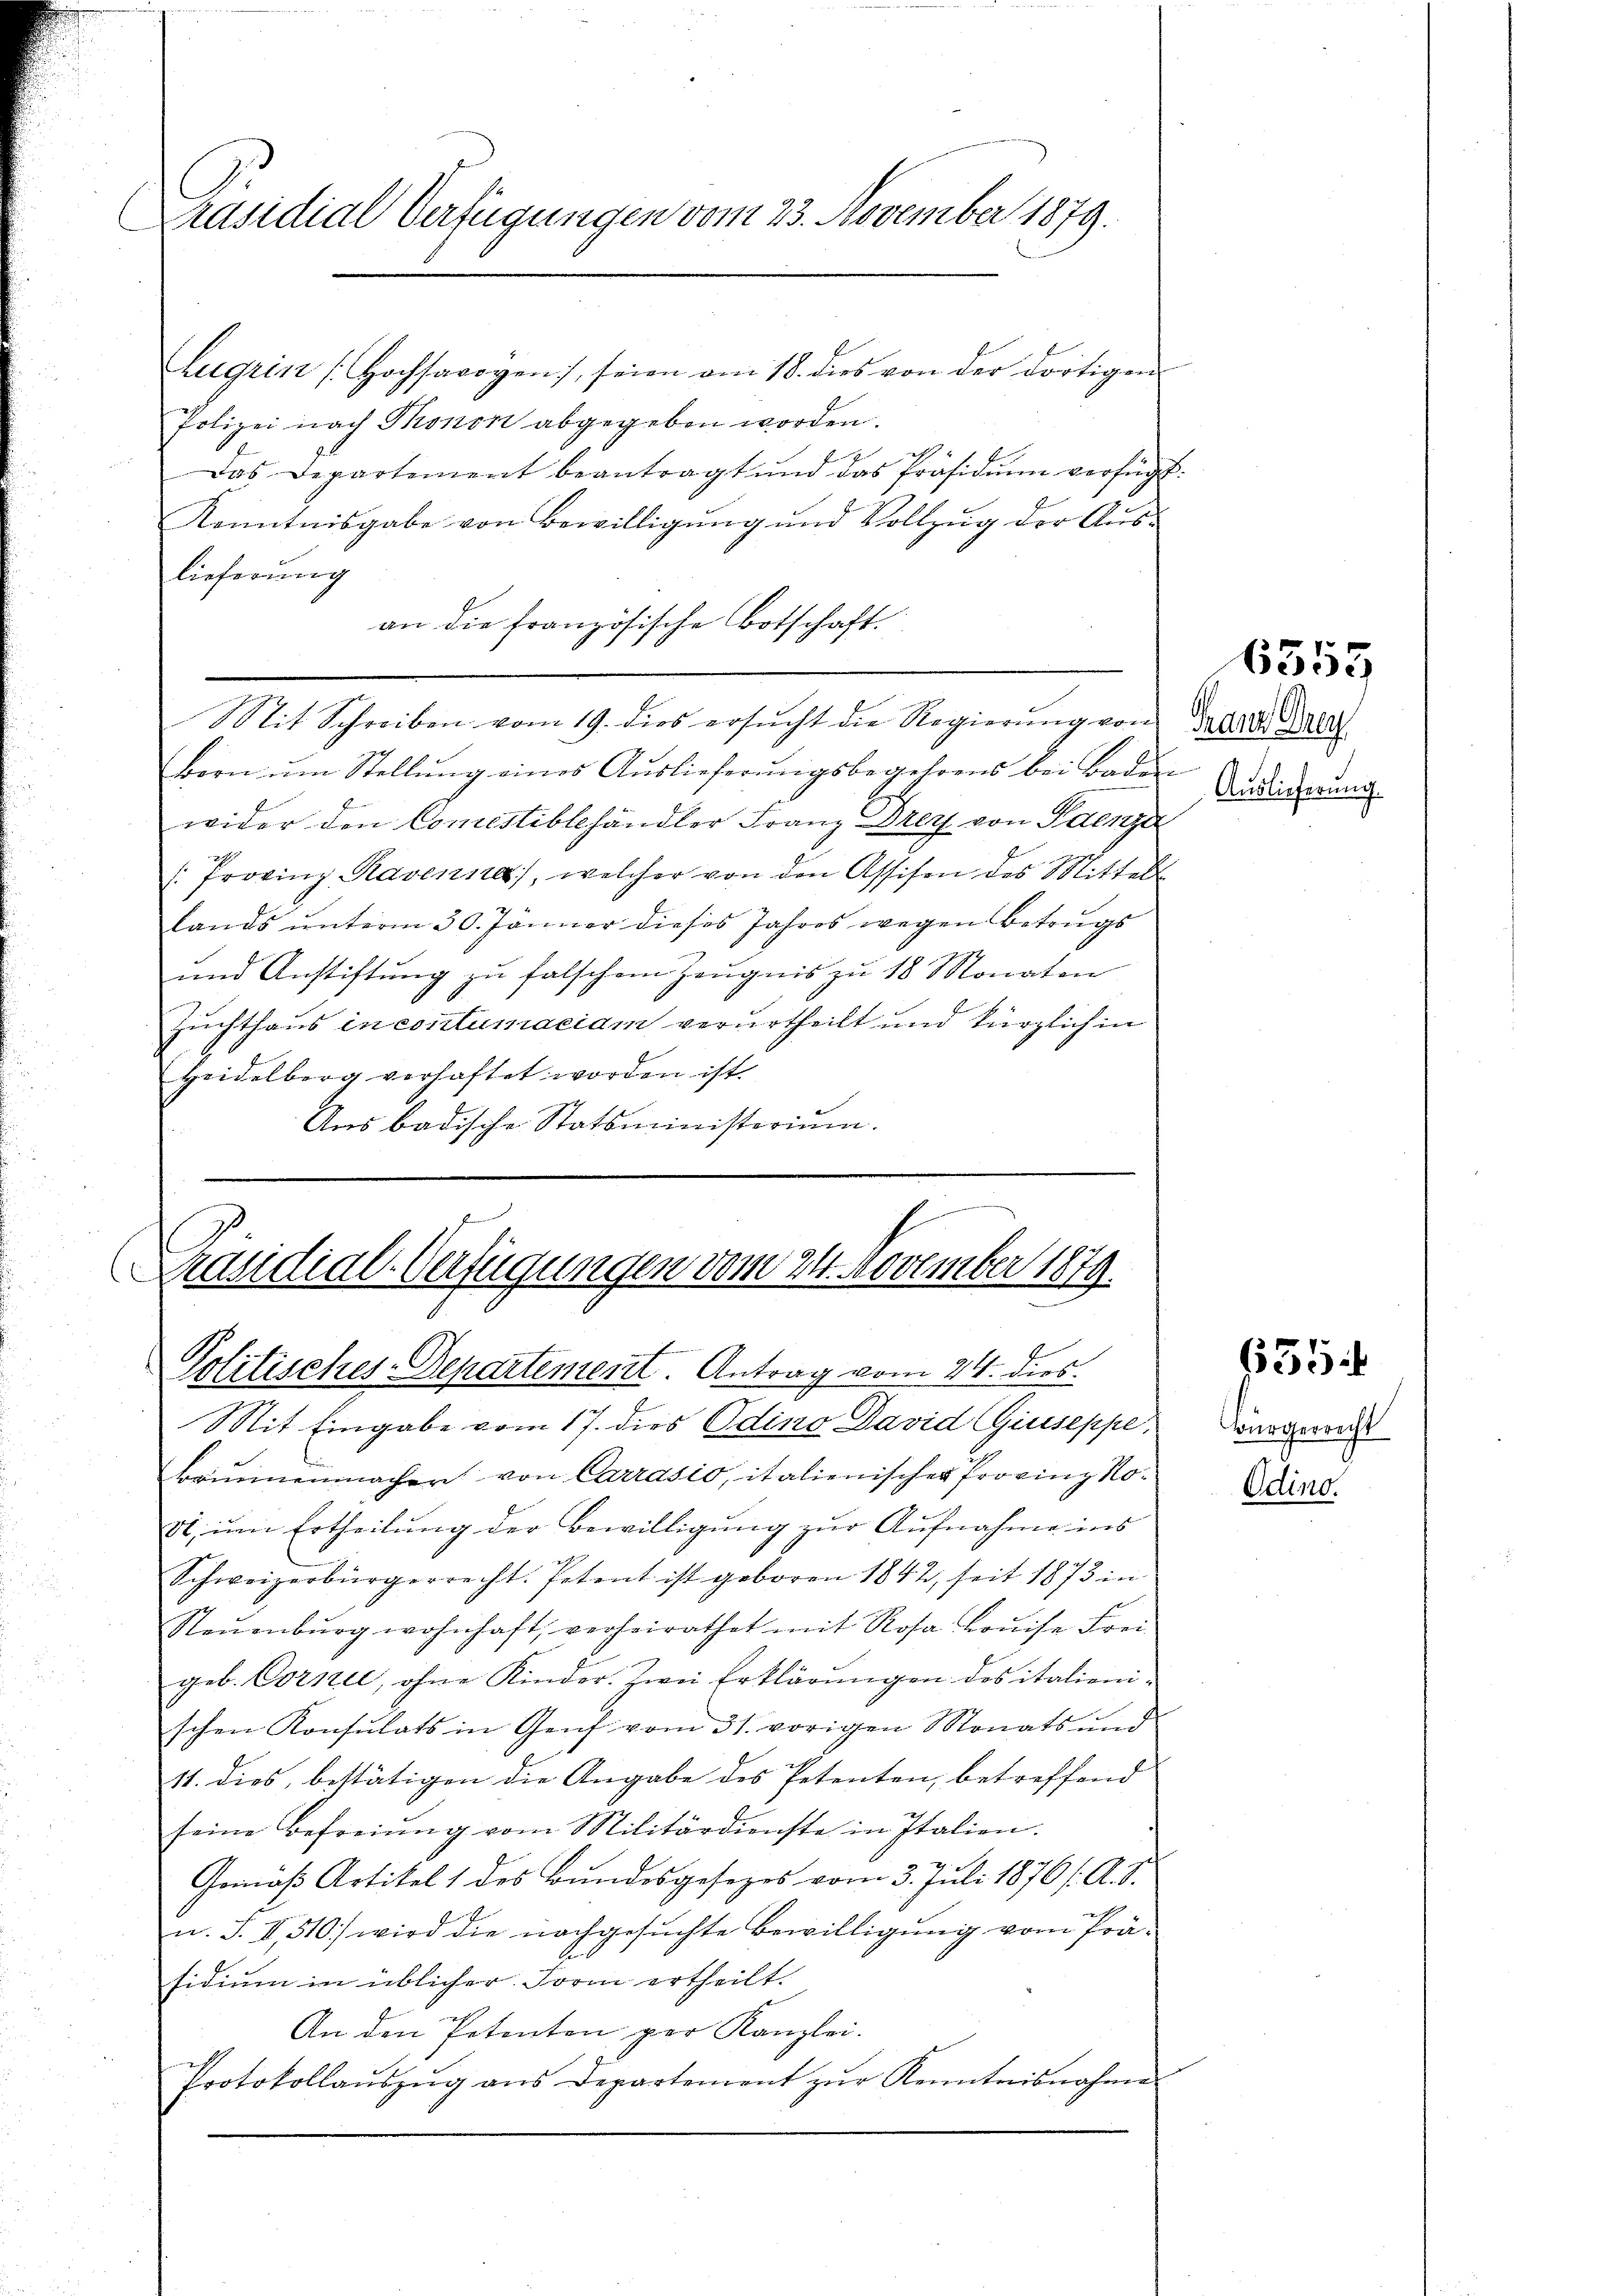
Präsidial Verfügungen vom 23. November 1879.

Zugrin [Hochsawogen, seien am 18. dies von der dortigen
Polizei nach Thronon abgegeben worden.
Das Departement beantragt und das Präsidium verfügt.
Kenntnisgabe von Bewilligung und Vollzug der Auslieferung
an die französische Botschaft.
Mit Schreiben vom 19. dies ersŭcht die Regierŭng von Trend Anla
Bern ŭm Stellŭng eines Aŭslieferŭngsbegehrens bei Baden
wider den Comistiblehändler Franz Drey von Paenz
2
(Provinz Ravenna, welcher von den Assisen des Mittels
Lands unterm 30. Jänner dieses Jahres wegen Betrugs
und Anstiftung zu falschen Zeugnis zu 18 Monaten
Zuchthaus in contumaciam verurtheilt und kürzlich in
Heidelberg verhaftet worden ist.
Aus badische Statsministerium.

Präsidial-Verfügungen vom 24. November 1879.
Politisches-Departement Antrag vom 24. dies.

Mit Eingabe vom 17. dies Odino David Giuseppe,
kammenmachen von Carrasio, italienischer Provinz No¬
82, um Ertheilung der Bewilligung zur Aufnahme ins
Schweizerbürgerrecht. Petent ist geboren 1842, seit 1873 in
Neŭenbŭrg wohnhaft, verheirathet mit Rosa Louise Frei
geb. Cornie, ohne Kinder. Zwei Erklärungen des italienischen Konsulats in Genf vom 31. vorigen Monats und
11. dies, bestätigen die Angabe des Petenten, betreffend
seine Befreiung vom Militärdienste in Italien.
Gemäß Artikel 1 des Bundesgesezes vom 3. Juli 1876 (A. S.
n. F. II., 310.) wird die nachgesŭchte Bewilligŭng vom Prä-
.
sidium in üblicher Form ertheilt.
An den Petenten per Kanzlei.
Protokollaŭszŭg ans Departement zŭr Kenntnisnahme

Auslieferung

6555

635.

Bürgerrecht
Odino.